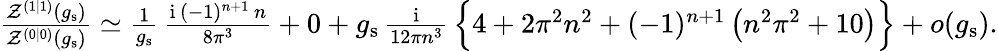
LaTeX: \begin{array}{r}{\frac{\mathcal{Z}^{(1|1)}(g_{\mathrm{s}})}{\mathcal{Z}^{(0|0)}(g_{\mathrm{s}})}\simeq\frac{1}{g_{\mathrm{s}}}\, \frac{{\mathrm{i}}\, (-1)^{n+1}\, n}{8\pi^{3}}+0+g_{\mathrm{s}}\, \frac{{\mathrm{i}}}{12\pi n^{3}}\, \Big\{ 4+2\pi^{2}n^{2}+(-1)^{n+1}\left(n^{2}\pi^{2}+10\right)\Big\} +o(g_{\mathrm{s}}).}\end{array}